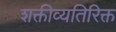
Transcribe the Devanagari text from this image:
शक्तीव्यतिरिक्त